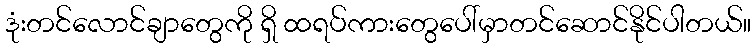
ဒုံးတင်လောင်ချာတွေကို ရှိ ထရပ်ကားတွေပေါ်မှာတင်ဆောင်နိုင်ပါတယ်။